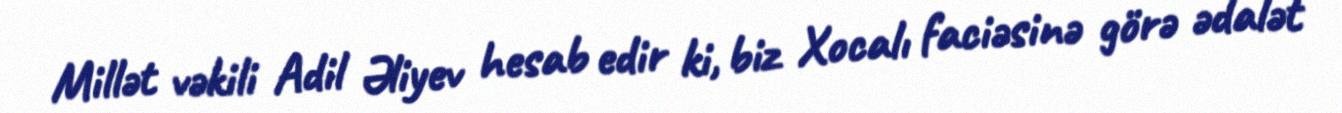
Millət vəkili Adil Əliyev hesab edir ki, biz Xocalı faciəsinə görə ədalət